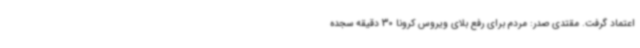
اعتماد گرفت. مقتدی صدر: مردم برای رفع بلای ویروس کرونا 30 دقیقه سجده